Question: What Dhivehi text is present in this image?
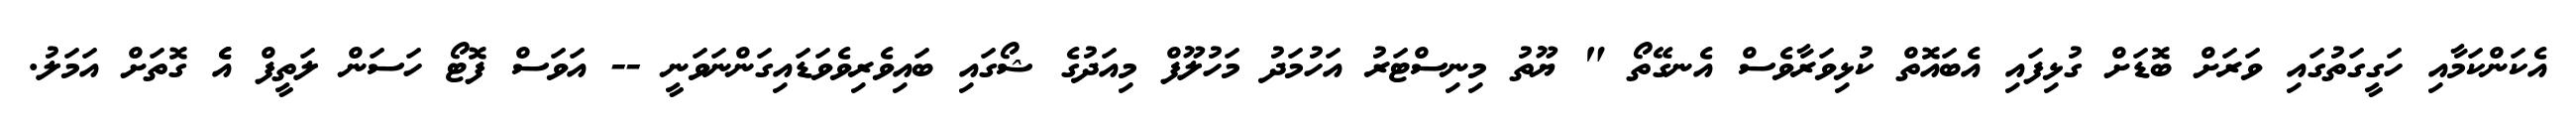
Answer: އެކަންކަމާއި ހަގީގަތުގައި ވަރަށް ބޮޑަށް ގުޅިފައި އެބައޮތް ކުޅިވަރާވެސް އެނގޭތޯ " ޔޫތު މިނިސްޓަރު އަހުމަދު މަހުލޫފް މިއަދުގެ ޝޯގައި ބައިވެރިވެވަޑައިގަންނަވަނީ -- އަވަސް ފޮޓޯ ހަސަން ލަތީފް އެެ ގޮތަށް އަމަލު.